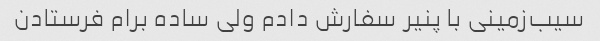
سیب‌زمینی با پنیر سفارش دادم ولی ساده برام فرستادن